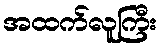
အထက်လူကြီး